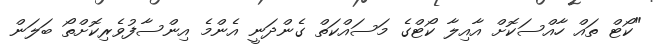
"ކޯޓް ތައް ހާއްސަކޮށް އާއިލާ ކޯޓްގެ މަސައްކަތް ގެންދަނީ އެންމެ އިންސާފުވެރިކޮށްތޯ ބަލަން